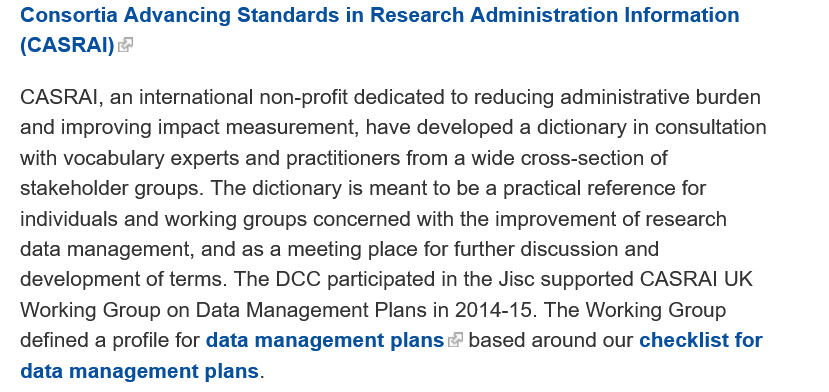
Consortia Advancing Standards  in Research Administration Information
   (CASRAI
   CASRAI, an international non-profit dedicated to reducing administrative burden
   and improving impact measurement, have developed a dictionary in consultation
  with vocabulary experts and practitioners from a wide cross-section of
   stakeholder groups. The dictionary is meant to be
  a
     practical reference for
   individuals and working groups concerned with the improvement of research
   data management, and as a meeting place for further discussion and
   development of terms. The DCC participated in the Jisc supported CASRAI UK
  Working Group  on Data Management Plans in 2014-15. The Working Group
   defined a profile for data management plans @ based around our checklist for
   data management plans.